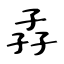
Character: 孨